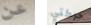
عن حركتي